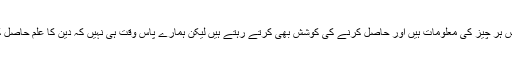
ہمارے پاس ہر چیز کی معلومات ہیں اور حاصل کرنے کی کوشش بھی کرتے رہتے ہیں لیکن ہمارے پاس وقت ہی نہیں کہ دین کا علم حاصل کر سکیں ۔